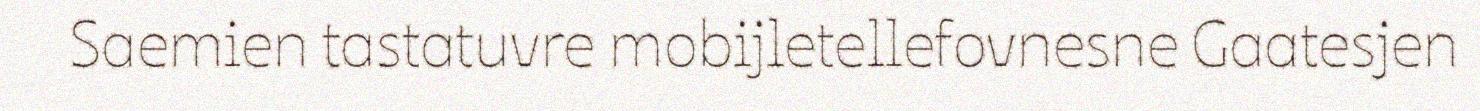
Saemien tastatuvre mobijletellefovnesne Gaatesjen